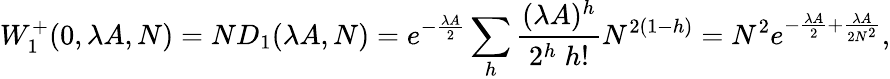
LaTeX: W_{1}^{+}(0,\lambda A,N)=ND_{1}(\lambda A,N)=e^{-\frac{\lambda A}{2}}\sum_{h}\frac{(\lambda A)^{h}}{2^{h}\; h!}N^{2(1-h)}=N^{2}e^{-\frac{\lambda A}{2}+\frac{\lambda A}{2N^{2}}},